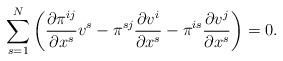
LaTeX: \begin{align*}\sum_{s=1}^{N}\left(\dfrac{\partial \pi^{ij}}{\partial x^s} v^s-\pi^{sj}\dfrac{\partial v^i}{\partial x^s}-\pi^{is}\dfrac{\partial v^j}{\partial x^s} \right)=0.\end{align*}